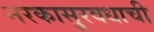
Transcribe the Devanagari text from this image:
नरकासुरवधाची